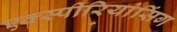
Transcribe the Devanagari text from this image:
एक्स्पीरियांसिंग